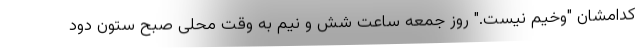
کدامشان "وخیم نیست." روز جمعه ساعت شش و نیم به وقت محلی صبح ستون دود